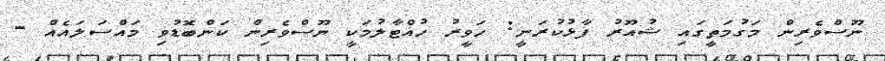
ނޫސްވެރިން މަގުމަތީގައި ޝުއޫރު ފާޅުކުރަނީ: ހަވީރު ހުއްޓާލުމަކީ ނޫސްވެރިން ކަންބޮޑުވި މައްސަލައެއް -